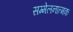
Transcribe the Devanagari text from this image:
सम्मेलनात्मक